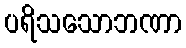
ပရိသသောဘဏာ